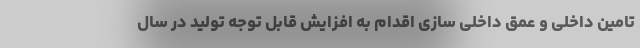
تامین داخلی و عمق داخلی سازی اقدام به افزایش قابل توجه تولید در سال